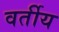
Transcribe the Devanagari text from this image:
वर्तीय